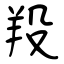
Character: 羖